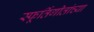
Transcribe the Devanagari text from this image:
स्फूर्तिगीतांच्या